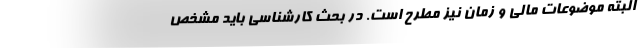
البته موضوعات مالی و زمان نیز مطرح است. در بحث کارشناسی باید مشخص